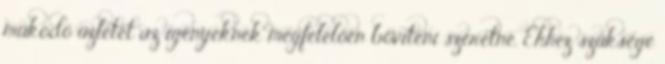
működő üzletét az igényeknek megfelelően bővíteni szeretné. Ehhez szüksége